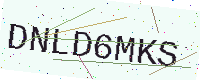
Text: DNLD6MKS